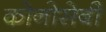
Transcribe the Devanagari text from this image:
कोनोसेबी